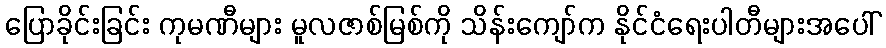
ပြောခိုင်းခြင်း ကုမဏီများ မူလဇာစ်မြစ်ကို သိန်းကျော်က နိုင်ငံရေးပါတီများအပေါ်